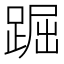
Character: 䠇